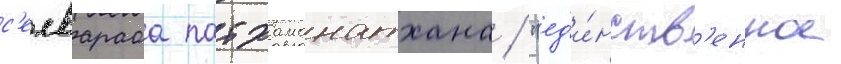
с'елвараса патхаманатхана / "ед'и́нств'енное